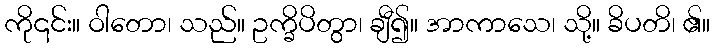
ကို၎င်း။ ဝါတော၊ သည်။ ဥက္ခိပိတွာ၊ ချီ၍။ အာကာသေ၊ သို့။ ခိပတိ၊ ၏။